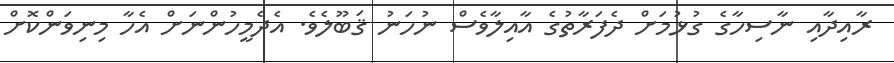
ރާއިދާއި ނާސިހާގެ ގުޅުމަށް ދެފަރާތުގެ އާއިލާވެސް ނުހަނު ޤަބޫލެވެ. އެދެމީހުންނަށް އެހާ މިނިވަންކޮށް